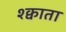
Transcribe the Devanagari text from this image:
श्क्वाता